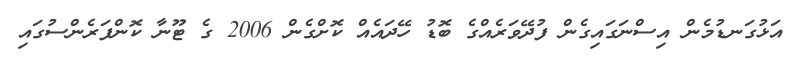
އަޅުގަނޑުމެން އިސްނަގައިގެން ފުދޭވަރެއްގެ ބޮޑު ހޭދައެއް ކޮށްގެން 2006 ގެ ޓޫނާ ކޮންފަރެންސުގައި